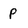
Character: p